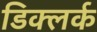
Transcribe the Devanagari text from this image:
डिक्लर्क